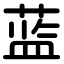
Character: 蓝